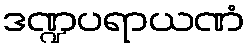
ဒဏ္ဍပရာယဏံ